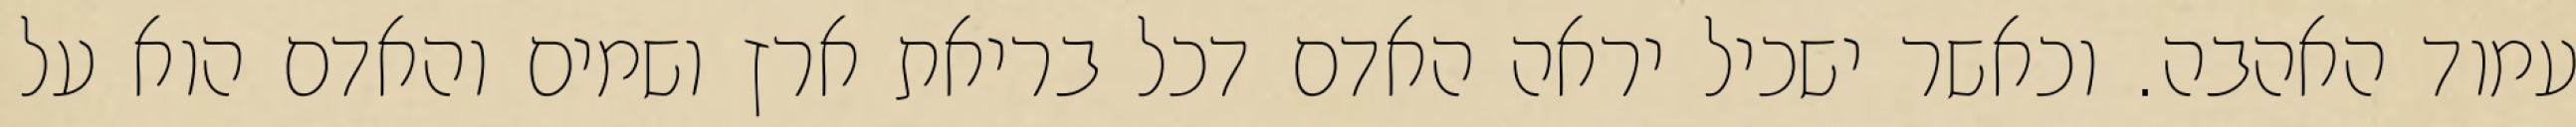
עמוד האהבה. וכאשר ישכיל יראה האדם דכל בריאת ארץ ושמים והאדם הוא על